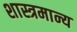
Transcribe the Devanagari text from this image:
शास्त्रमान्य